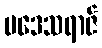
ပဒေသရာဇ်